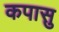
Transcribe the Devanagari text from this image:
कपासु